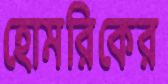
হোমরিকের